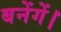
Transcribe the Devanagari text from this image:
बनेंगें।